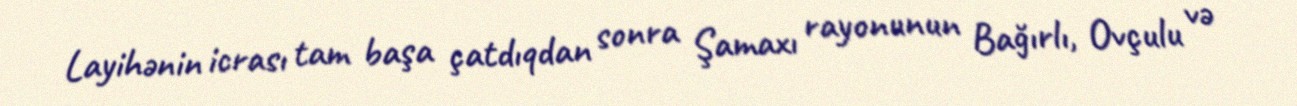
Layihənin icrası tam başa çatdıqdan sonra Şamaxı rayonunun Bağırlı, Ovçulu və